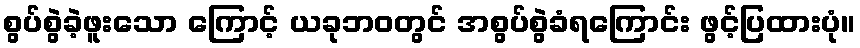
စွပ်စွဲခဲ့ဖူးသော ကြောင့် ယခုဘဝတွင် အစွပ်စွဲခံရကြောင်း ဖွင့်ပြထားပုံ။